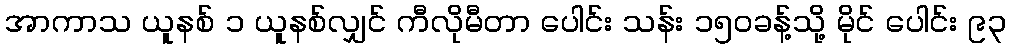
အာကာသ ယူနစ် ၁ ယူနစ်လျှင် ကီလိုမီတာ ပေါင်း သန်း ၁၅၀ခန့်သို့ မိုင် ပေါင်း ၉၃